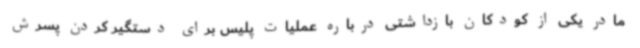
مادر یکی از کودکان بازداشتی درباره عملیات پلیس برای دستگیر کردن پسرش